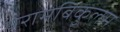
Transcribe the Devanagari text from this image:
परामबिकुलम